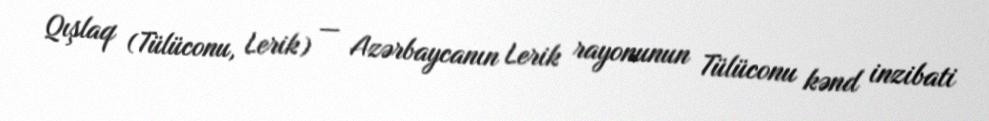
Qışlaq (Tülüconu, Lerik) — Azərbaycanın Lerik rayonunun Tülüconu kənd inzibati